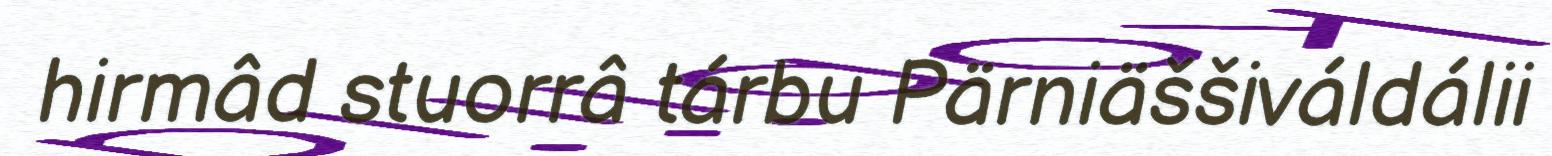
hirmâd stuorrâ tárbu Pärniäššiváldálii